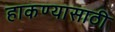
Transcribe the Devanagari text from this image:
हाकण्यासाठी